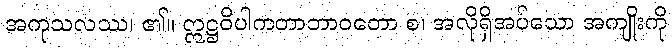
အကုသလဿ၊ ၏။ ဣဋ္ဌဝိပါကတာဘာဝတော စ၊ အလိုရှိအပ်သော အကျိုးကို